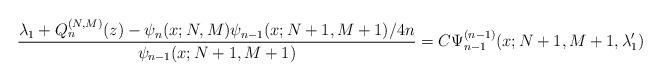
LaTeX: \begin{gather*} \frac{\lambda _{1}+Q_{n}^{(N,M) }(z) -\psi _{n}(x;N,M) \psi _{n-1}(x;N+1,M+1) /4n}{\psi _{n-1}(x;N+1,M+1) } =C\Psi _{n-1}^{(n-1)}(x;N+1,M+1,\lambda _{1}^{\prime })\end{gather*}